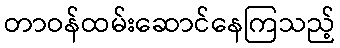
တာဝန်ထမ်းဆောင်နေကြသည့်